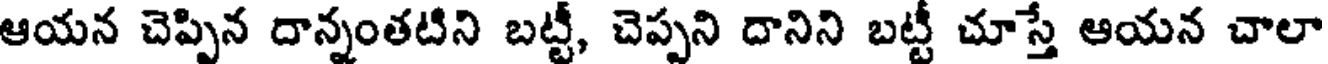
ఆయన చెప్పిన దాన్నంతటిని బట్టీ, చెప్పని దానిని బట్టీ చూస్తే ఆయన చాలా